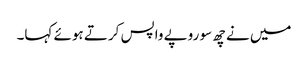
میں نے چھ سو روپے واپس کرتے ہوئے کہا۔